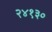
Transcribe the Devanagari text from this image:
२४१३०